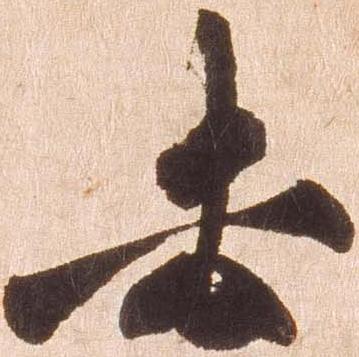
去